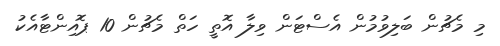
މި މެޗުން ބަލިވުމުން އެސްޓަން ވިލާ އޮތީ ހަތް މެޗުން 10 ޕޮއިންޓާއެކު